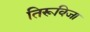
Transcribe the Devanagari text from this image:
तिरूविजा